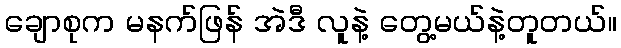
ချောစုက မနက်ဖြန် အဲဒီ လူနဲ့ တွေ့မယ်နဲ့တူတယ်။